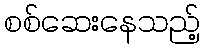
စစ်ဆေးနေသည့်